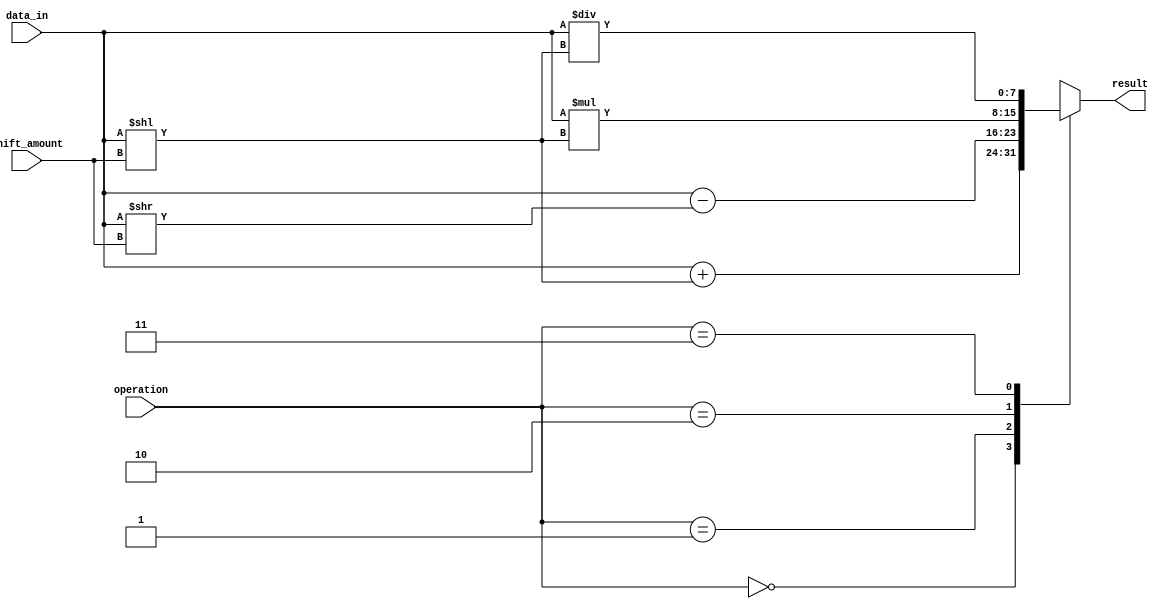
module barrel_shifter (
    input [7:0] data_in,
    input [2:0] shift_amount,
    input [1:0] operation,
    output [7:0] result
);

reg [7:0] shifted_data;

always @(*) begin
    case(operation)
        2'b00: shifted_data = data_in + (data_in << shift_amount); // Addition operation
        2'b01: shifted_data = data_in - (data_in >> shift_amount); // Subtraction operation
        2'b10: shifted_data = data_in * (data_in << shift_amount); // Multiplication operation
        2'b11: shifted_data = data_in / (data_in << shift_amount); // Division operation
        default: shifted_data = 8'b0; // Default case
    endcase
end

assign result = shifted_data;

endmodule